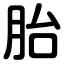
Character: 胎